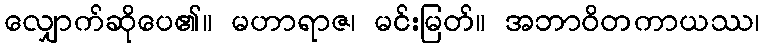
လျှောက်ဆိုပေ၏။ မဟာရာဇ၊ မင်းမြတ်။ အဘာဝိတကာယဿ၊